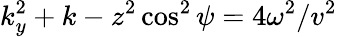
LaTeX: k_{y}^{2}+k-z^{2}\cos^{2}\psi=4\omega^{2}/v^{2}